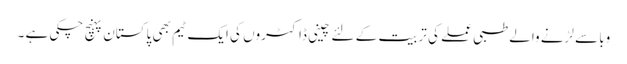
وبا سے لڑنے والے طبی عملے کی تربیت کے لئے چینی ڈاکٹروں کی ایک ٹیم بھی پاکستان پہنچ چکی ہے ۔